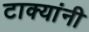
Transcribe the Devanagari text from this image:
टाक्यांनी